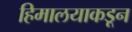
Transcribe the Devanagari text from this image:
हिमालयाकडून